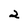
Character: 2